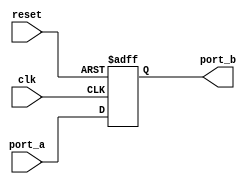
module IFC_NO_FALW (clk,reset,port_a,port_b);
   input clk;
   input reset;
   input port_a;
   output port_b;
   reg port_b;
   always @ ( posedge clk or negedge reset )
   begin
      port_b <= port_a;
      if ( !reset )
      port_b <= 1'b0;
   end
endmodule